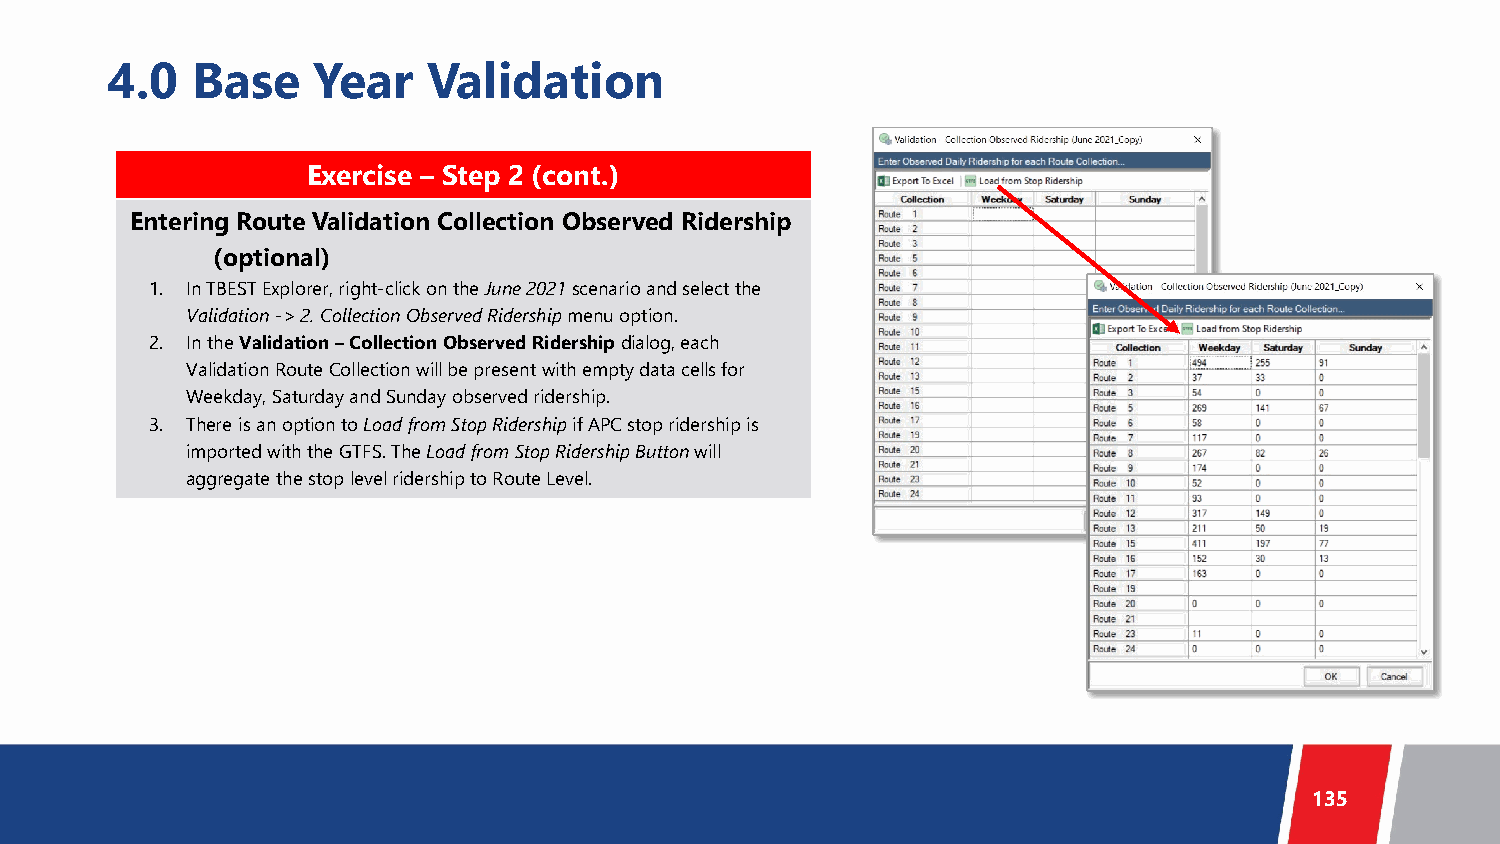
4.0   Base    Year   Validation
 Exercise – Step 2 (cont.)
 Entering Route Validation Collection Observed Ridership
 (optional)
 1. In TBEST Explorer, right-click on the June 2021 scenario and select the
 Validation -> 2. Collection Observed Ridership menu option.
 2. In the Validation –Collection Observed Ridership dialog, each
 Validation Route Collection will be present with empty data cells for
 Weekday, Saturday and Sunday observed ridership.
 3. There is an option to Load from Stop Ridership if APC stop ridership is
 imported with the GTFS. The Load from Stop Ridership Button will
 aggregate the stop level ridership to Route Level.
 135